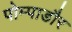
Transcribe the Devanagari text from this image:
पोम्पाडौर